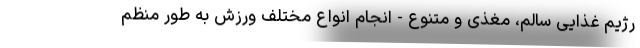
رژیم غذایی سالم، مغذی و متنوع - انجام انواع مختلف ورزش به طور منظم